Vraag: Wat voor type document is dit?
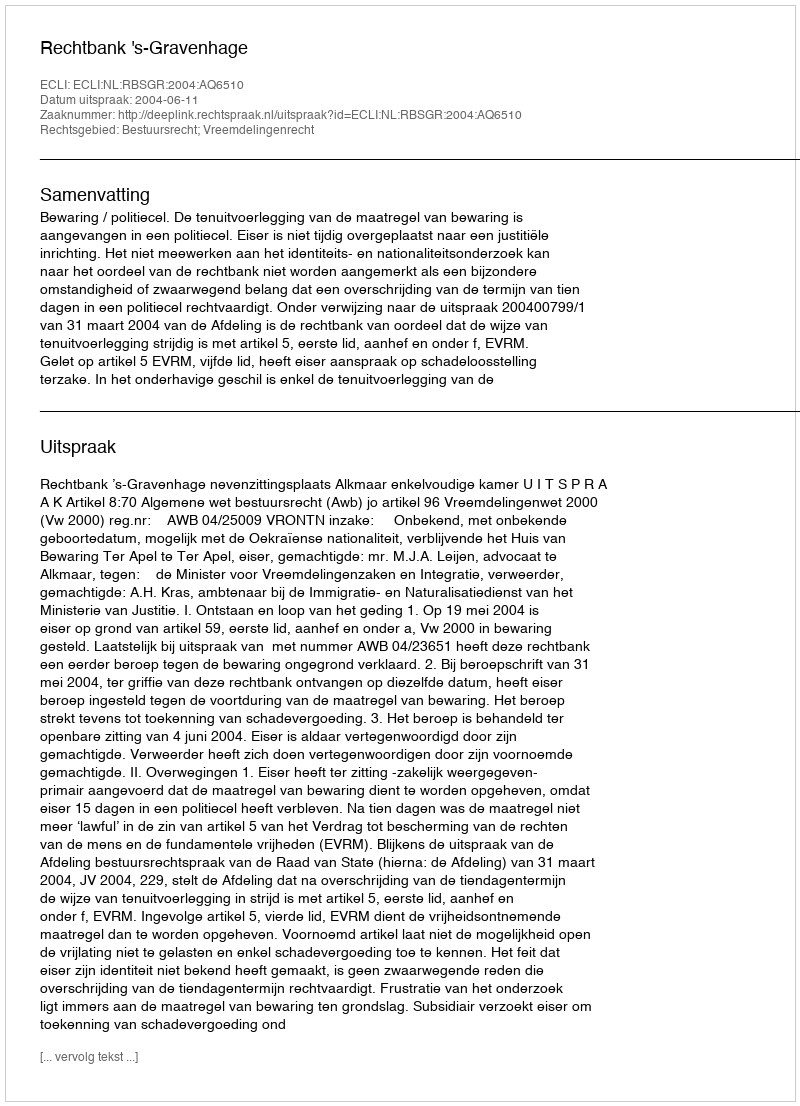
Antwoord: Uitspraak